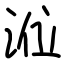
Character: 涖